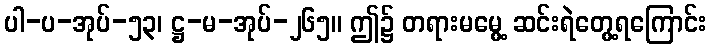
ပါ-ပ-အုပ်-၅၃၊ ဋ္ဌ-မ-အုပ်-၂၆၅။ ဤ၌ တရားမမွေ့ ဆင်းရဲတွေ့ရကြောင်း